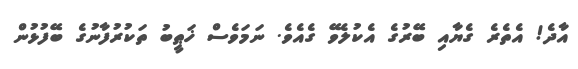
އާދެ! އެތެރެ ގެޔާއި ބޭރުގެ އެކުލެވޭ ގެއެވެ. ނަމަވެސް ޚަޠީބު ތަކުރުފާނުގެ ބޭފުޅުން